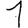
Digit: 1